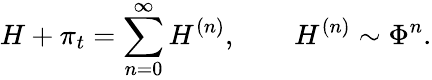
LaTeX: H+\pi_{t}=\sum_{n=0}^{\infty}H^{(n)},\qquad H^{(n)}\sim\Phi^{n}.